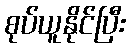
စုပ်ယူနိုင်ပြီး